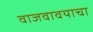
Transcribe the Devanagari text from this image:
वाजवावयाचा